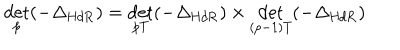
\det _ { p } ( - \Delta _ { \mathrm { H d R } } ) = \det _ { p T } ( - \Delta _ { \mathrm { H d R } } ) \times \det _ { ( p - 1 ) T } ( - \Delta _ { \mathrm { H d R } } )